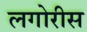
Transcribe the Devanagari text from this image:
लगोरीस